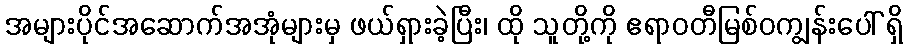
အများပိုင်အဆောက်အအုံများမှ ဖယ်ရှားခဲ့ပြီး၊ ထို သူတို့ကို ဧရာဝတီမြစ်ဝကျွန်းပေါ် ရှိ